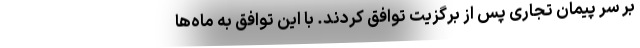
بر سر پیمان تجاری پس از برگزیت توافق کردند. با این توافق به ماه‌ها